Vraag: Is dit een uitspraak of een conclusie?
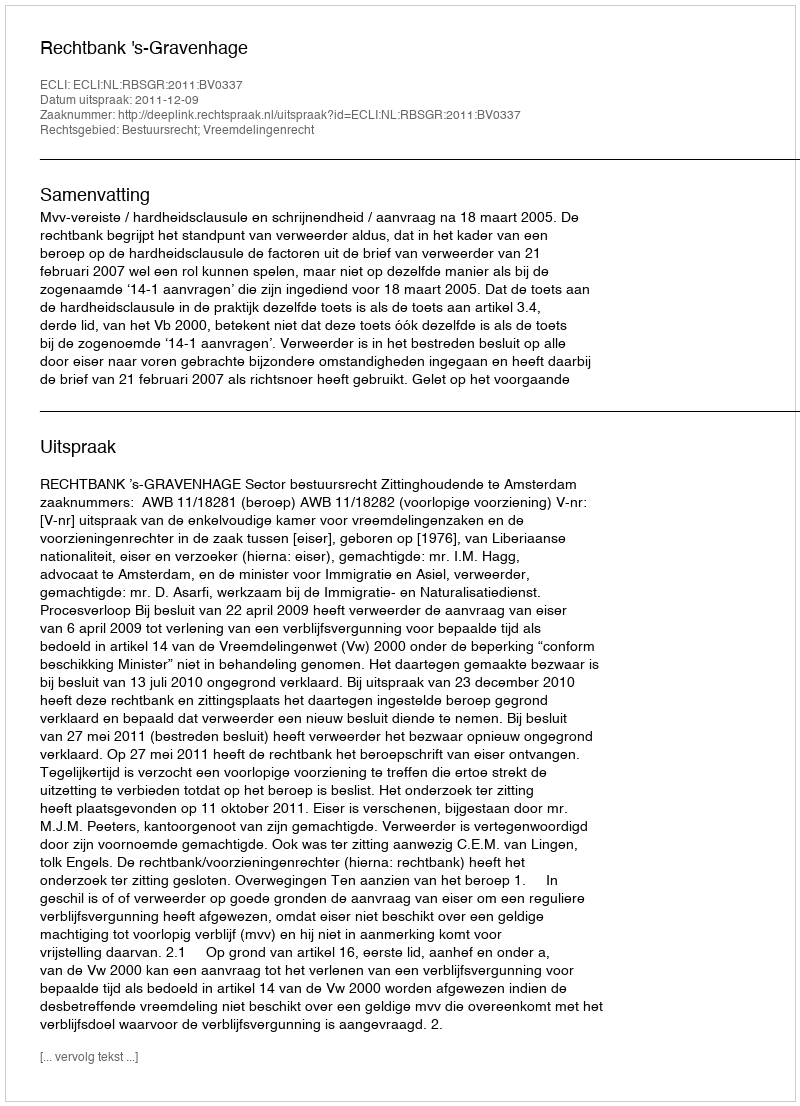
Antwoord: Uitspraak